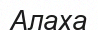
Алаха